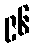
၉၆